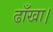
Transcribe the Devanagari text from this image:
ढाँखा।